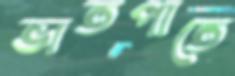
ভাতপাতে